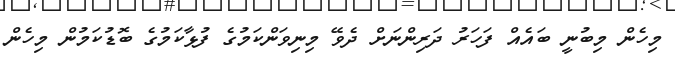
މިހެން މިބުނީ ބައެއް ފަހަރު ދަރިންނަށް ދެވޭ މިނިވަންކަމުގެ ފުޅާކަމުގެ ބޮޑުކަމުން މިހެން